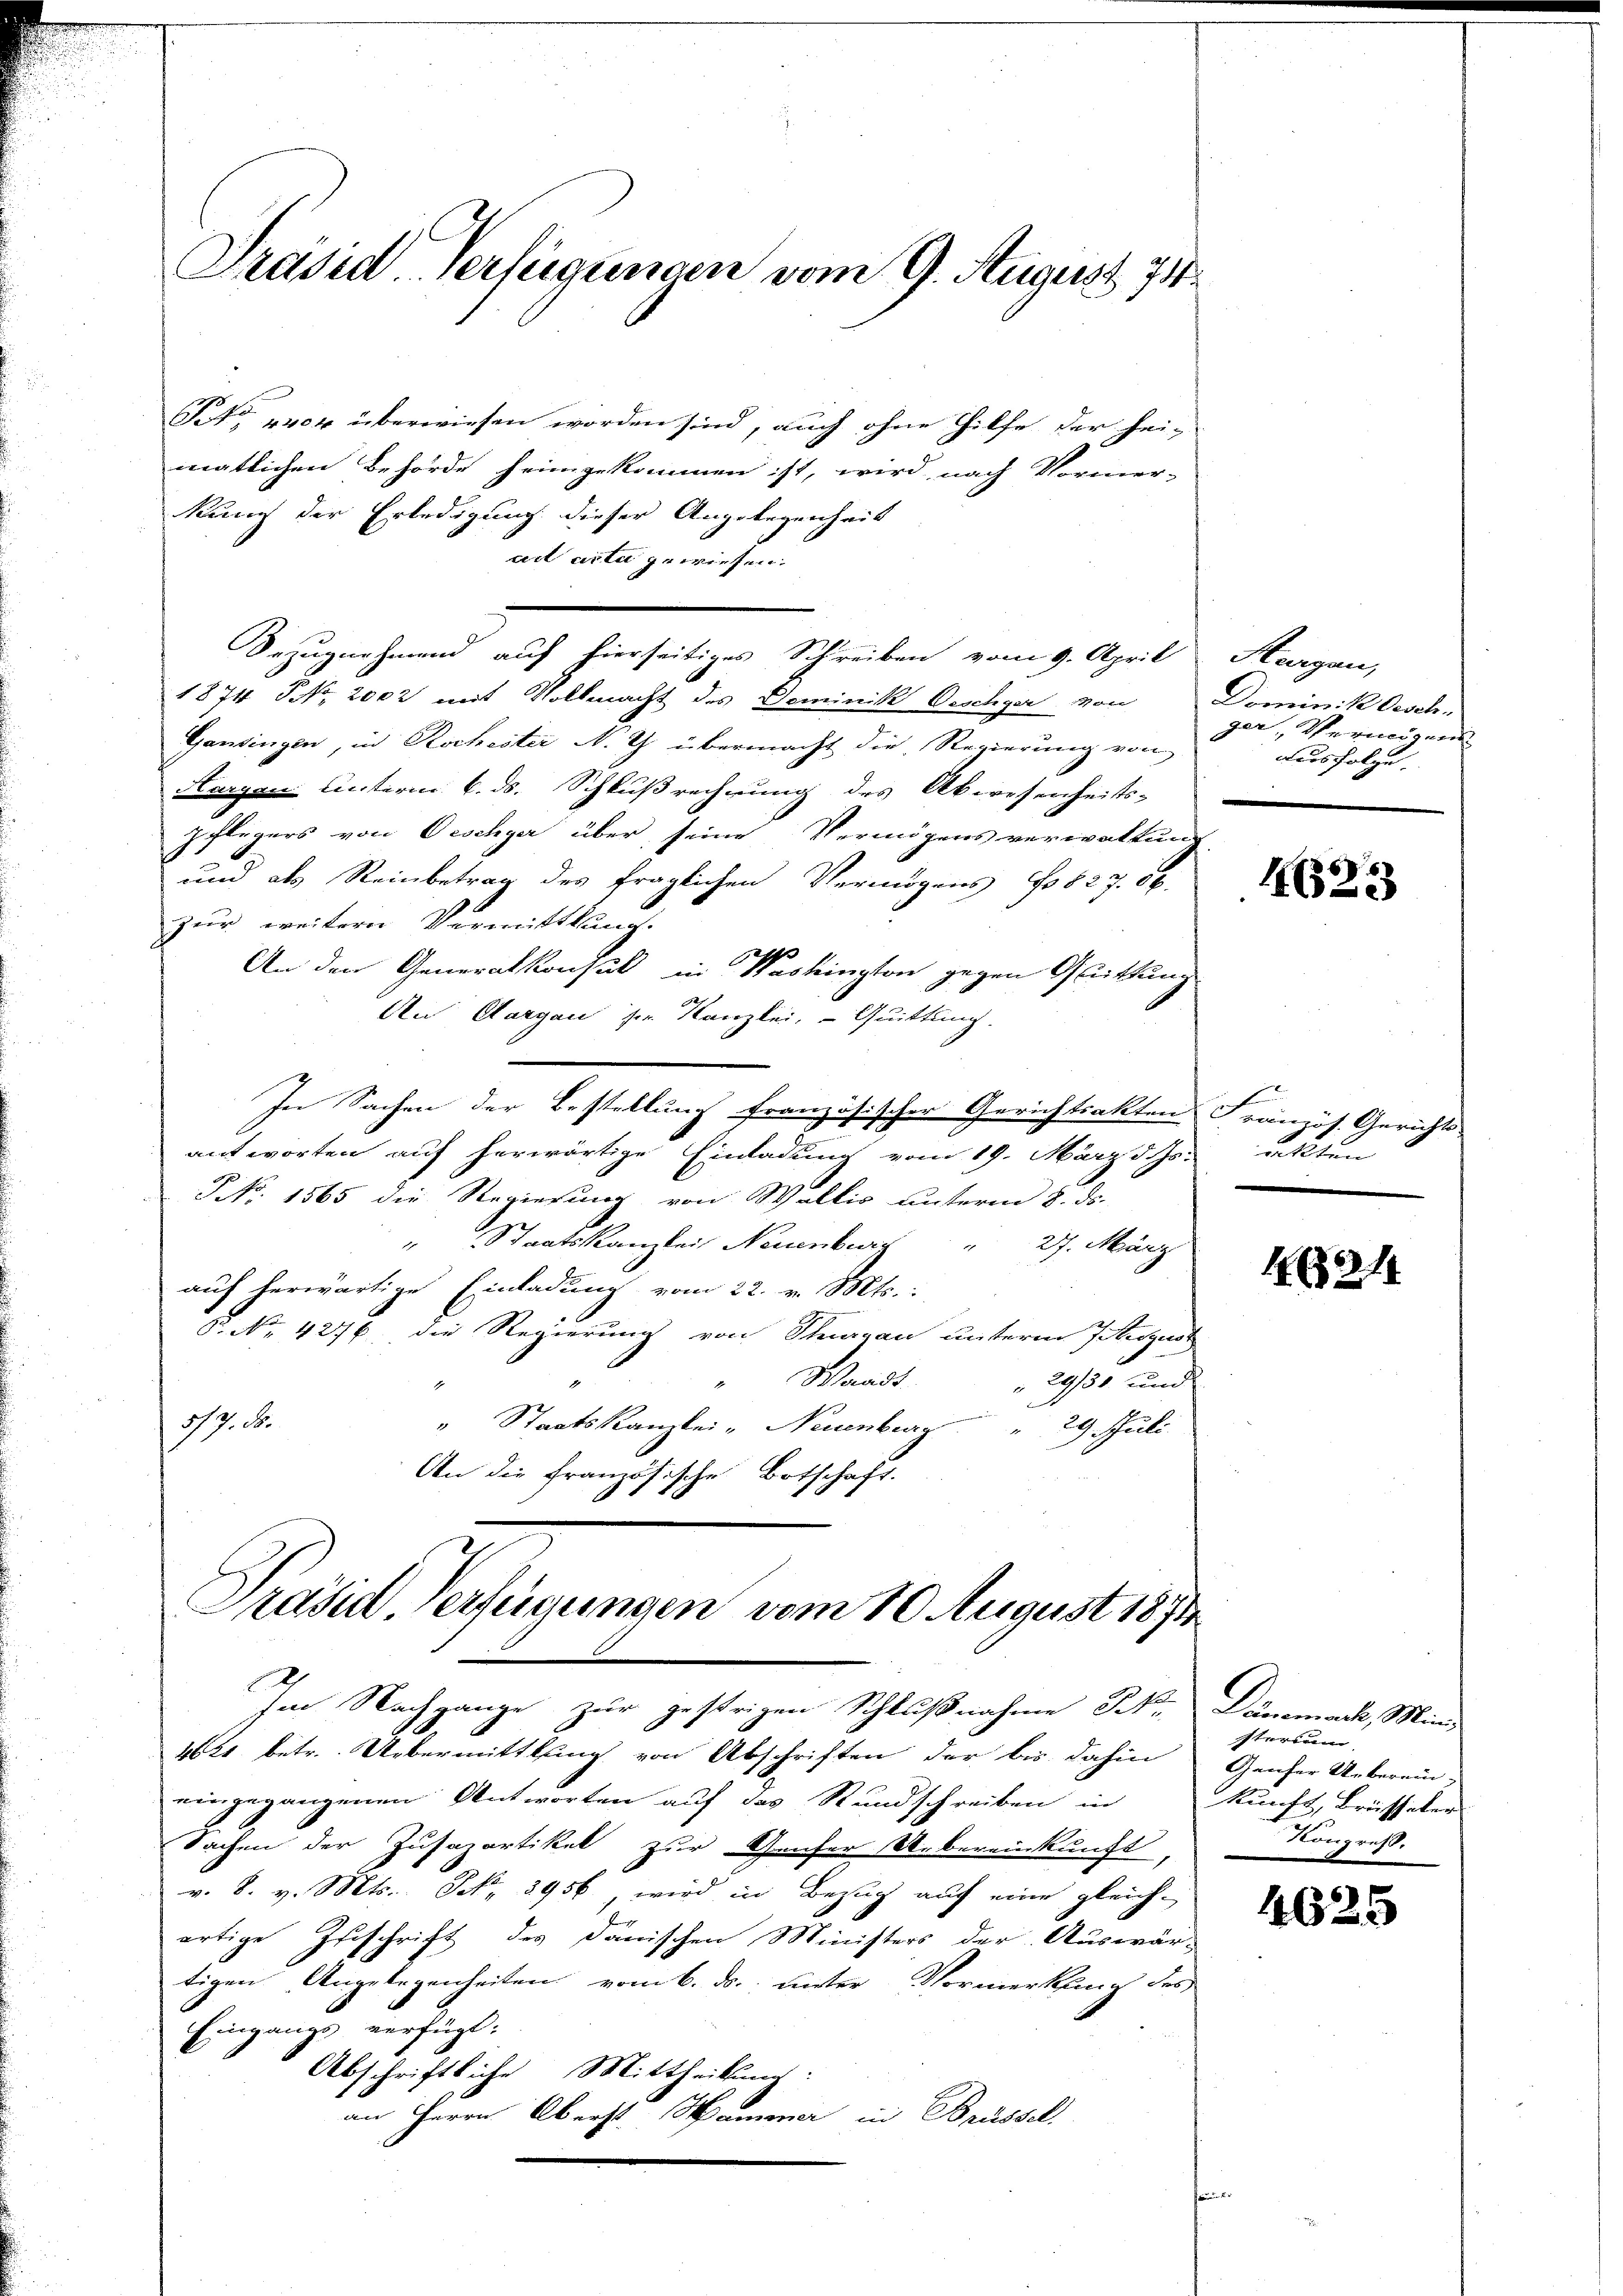
Präsid Verfügungen vom 9. August 731.

Feto 4404 überwiesen worden sind, auch ohne Hilfe der hei-
matlichen Behörde heimgekommen ist, wird nach Vormer-
kung der Erledigung dieser Angelegenheit
ad acta gewiesen.
Dezugnahmend auf hierseitiges Schreiben vom 9. April
1874 NNo. 2002 mit Vollmacht des Dominik Oeschger von
Gandingen, in Rocheiter N. Z. übermacht die Regierung von
Norgen unterm 6. ds. Schlußrechnung des Abwesenheits-
pflegers von Oescher über seine Vermögensverwaltung
und als Reinbetrag des fraglichen Vermögens No 827. 56.
zur weitern Vermittlung.
An den Generalkonsul in Washington gegen Glittung
An Aargau ser Kanzlei, - Quittung.
In Sachen der Bestellung französischer Gerichtsakten Französ. Gerichts-
antworten auf herwärtige Einladung vom 19. März d. Js.
NNNo. 1565 die Regierung von Wallis unterm 5. ds.
" Staatskanzlei Neuenburg " 27. März
auf herwärtige Einladung vom 22. v. Mts.:
§. No. 4276. die Regierung von Sturgau unterm 7 Kurzust
"Waadt
29/50 und
1/9. d.
" Staatskanzlei- Neuenburg " 29. Juli
An die französische Botschaft.

Präsid Verfügungen vom 10. August 1874

zes betr. Uebermittlung von Abschriften der bis dahin
eingegangenen Antworten auf das Rundschreiben in
Sachen der Zusazartikel zur Geser Uebereinkunft,
v. 8. v. Mts. S. 3956, wird in Bezug auf eine gleich
artige Zuschrift des Danischen Ministers der Auswär-
tigen Angelegenheiten vom 6. ds. unter Vormerkung des
Eingangs verfügt:
Abschriftliche Mittheilung:
an Herrn Oberst Mamma in Brüssel

Im Nachgange zur gestrigen Schlußnahme Bek. Danemack, Mini¬

Surgen,
Dominik Oeselger, Vermögens
ausfolge

4623

rckten

16314

sterium
Gaufer Ueberein-
kunft, Brüsseler
Kongres.

46

25